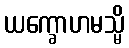
ယက္ခောဟမသ္မိ